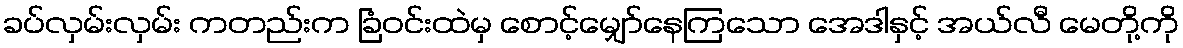
ခပ်လှမ်းလှမ်း ကတည်းက ခြံဝင်းထဲမှ စောင့်မျှော်နေကြသော အေဒါနှင့် အယ်လီ မေတို့ကို